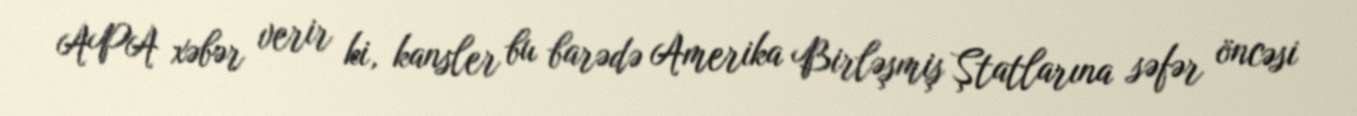
APA xəbər verir ki, kansler bu barədə Amerika Birləşmiş Ştatlarına səfər öncəsi